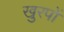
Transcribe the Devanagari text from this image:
खुरपों